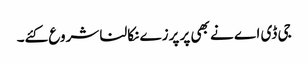
جی ڈی اے نے بھی پر پرزے نکالنا شروع کئے۔